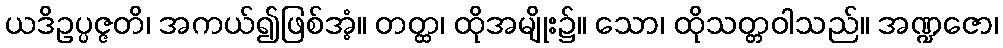
ယဒိဥပ္ပဇ္ဇတိ၊ အကယ်၍ဖြစ်အံ့။ တတ္ထ၊ ထိုအမျိုး၌။ သော၊ ထိုသတ္တဝါသည်။ အဏ္ဍဇော၊